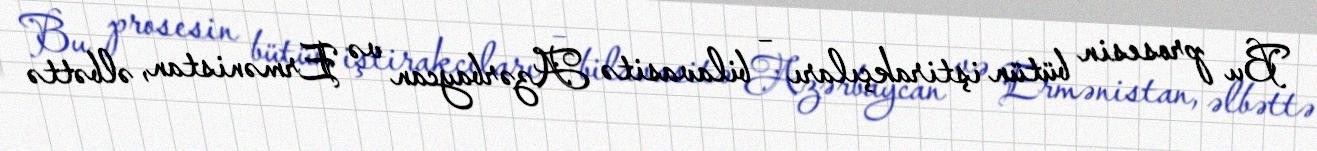
Bu prosesin bütün iştirakçıları – bilavasitə Azərbaycan və Ermənistan, əlbəttə